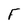
Character: F